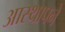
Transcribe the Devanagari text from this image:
आस्थापने